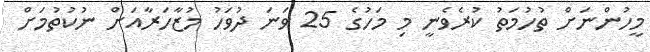
މީހުންނަށް ތުހުމަތު ކުރެވެނީ މި މަހުގެ 25 ވަނަ ދުވަހު މުޒާހަރާއަށް ނުކުތުމަށް